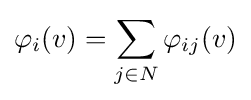
\varphi _{i}(v)=\sum _{j\in N}\varphi _{ij}(v)